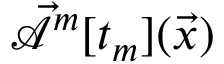
\mathcal { \vec { A } } ^ { m } [ t _ { m } ] ( \vec { x } )